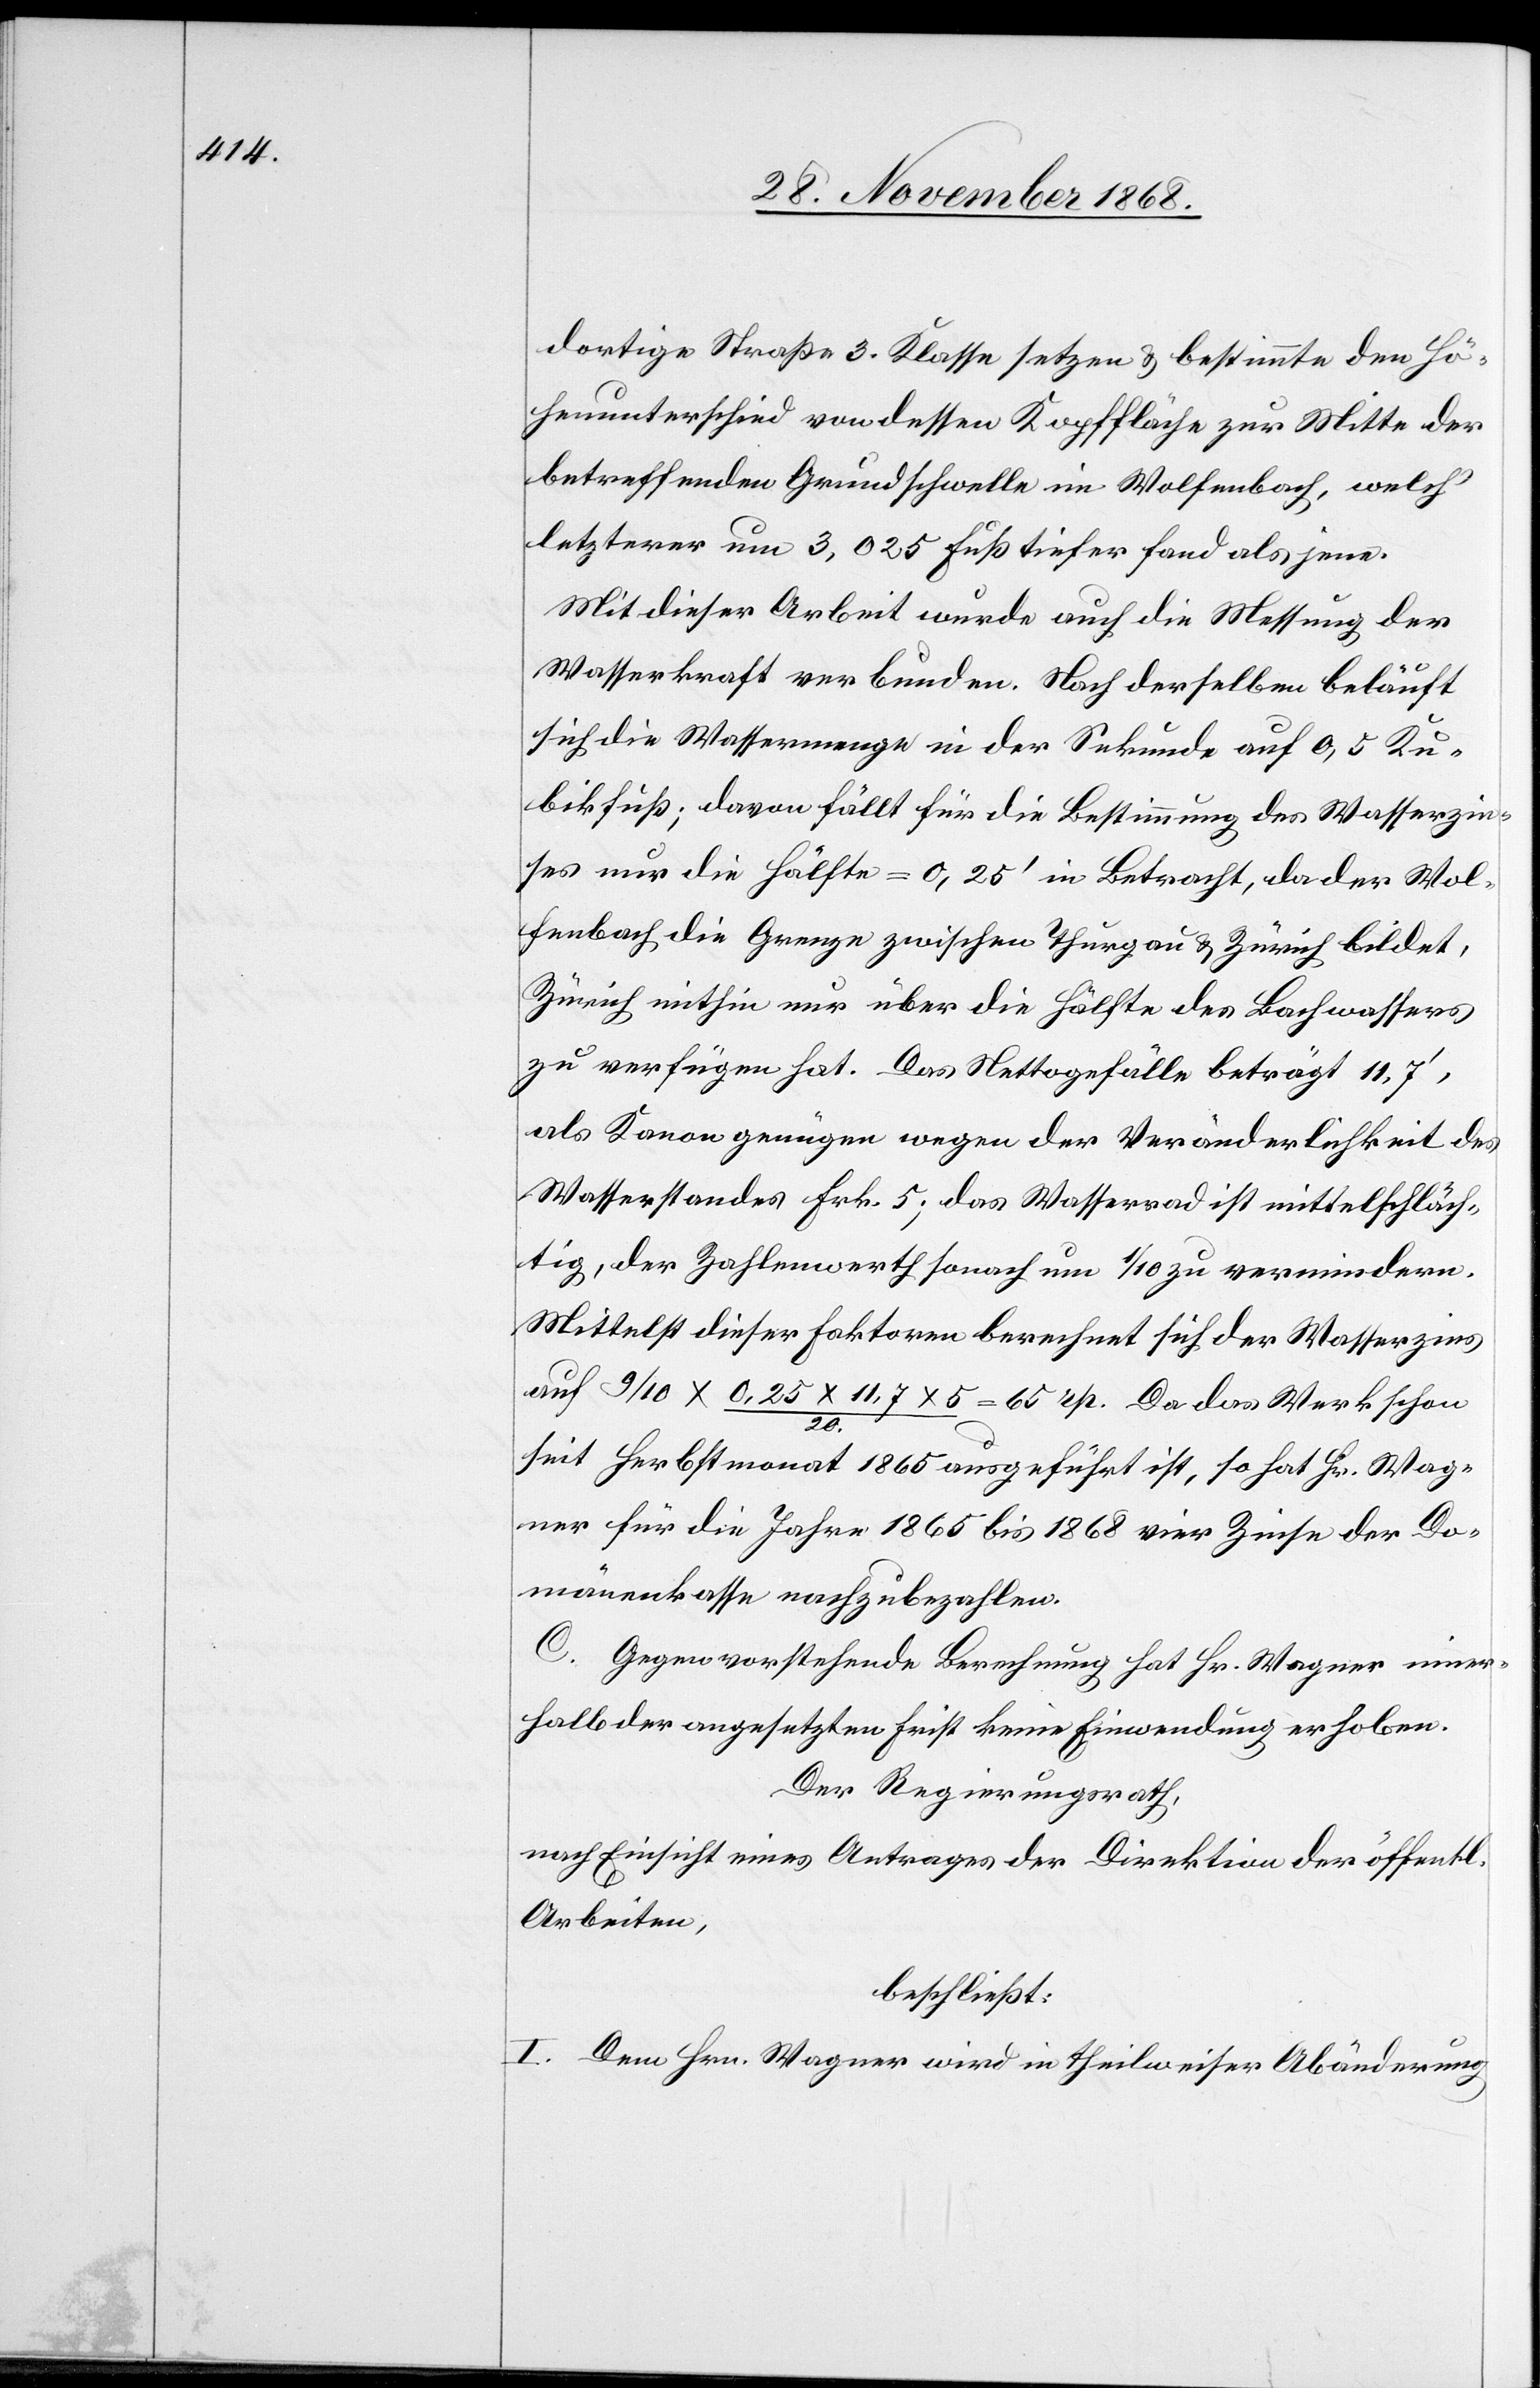
dortige Straße 3. Klasse setzen & bestimmte den Hö¬
henunterschied von dessen Kopffläche zur Mitte der
betreffenden Grundschwelle im Wolfenbach, welch‘
letzterer um 3,025 Fuß tiefer fand [sic!]
Mit dieser Arbeit wurde auch die Messung der
Wasserkraft verbunden. Nach derselben beläuft
sich die Wassermenge in der Sekunde auf 0,5 Ku¬
bikfuß; davon fällt für die Bestimmung des Wasserzin¬
ses nur die Hälfte = 0,25‘ in Betracht, da der Wol¬
fenbach die Grenze zwischen Thurgau & Zürich bildet,
Zürich mithin nur über die Hälfte des Bachwassers
zu verfügen hat. Das Nettogefälle beträgt 11,7‘,
als Kanon genügen wegen der Veränderlichkeit des
Wasserstandes Frk. 5; das Wasserrad ist mittelschläch¬
tig, der Zahlenwerth sonach um 1/10 zu vermindern.
Mittelst dieser Faktoren berechnet sich der Wasserzins
auf 9/10 x 0,25 x 11,7 x 5 / 20. = 65 rp. Da das Werk schon
seit Herbstmonat 1865 ausgeführt ist, so hat Hr. Wag¬
ner für die Jahre 1865 bis 1868 vier Zinse der Do¬
mänenkasse nachzubezahlen.
C. Gegen vorstehende Berechnung hat Hr. Wagner inner¬
halb der angesetzten Frist keine Einwendung erhoben.
Der Regierungsrath,
nach Einsicht eines Antrages der Direktion der öffentl.
Arbeiten,
beschließt:
I. Dem Hrn. Wagner wird in theilweiser Abänderung